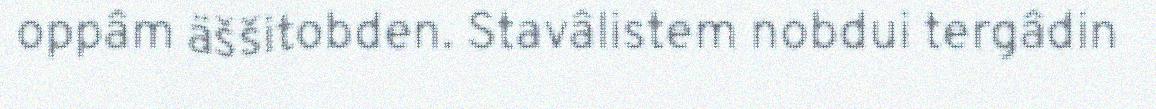
oppâm äššitobden. Stavâlistem nobdui tergâdin